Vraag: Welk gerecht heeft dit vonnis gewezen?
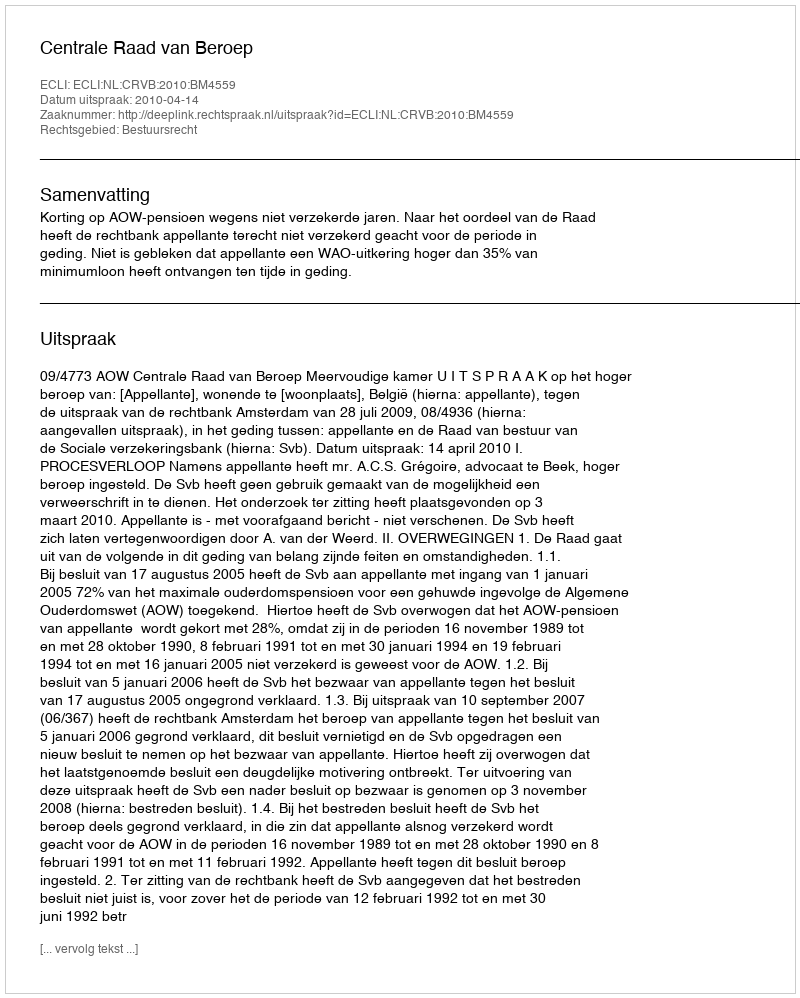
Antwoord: Centrale Raad van Beroep